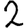
Digit: 2